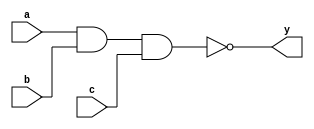

module top (a, b, c, y);
input a, b, c;
output y;

nand (y, a, b, c);

endmodule